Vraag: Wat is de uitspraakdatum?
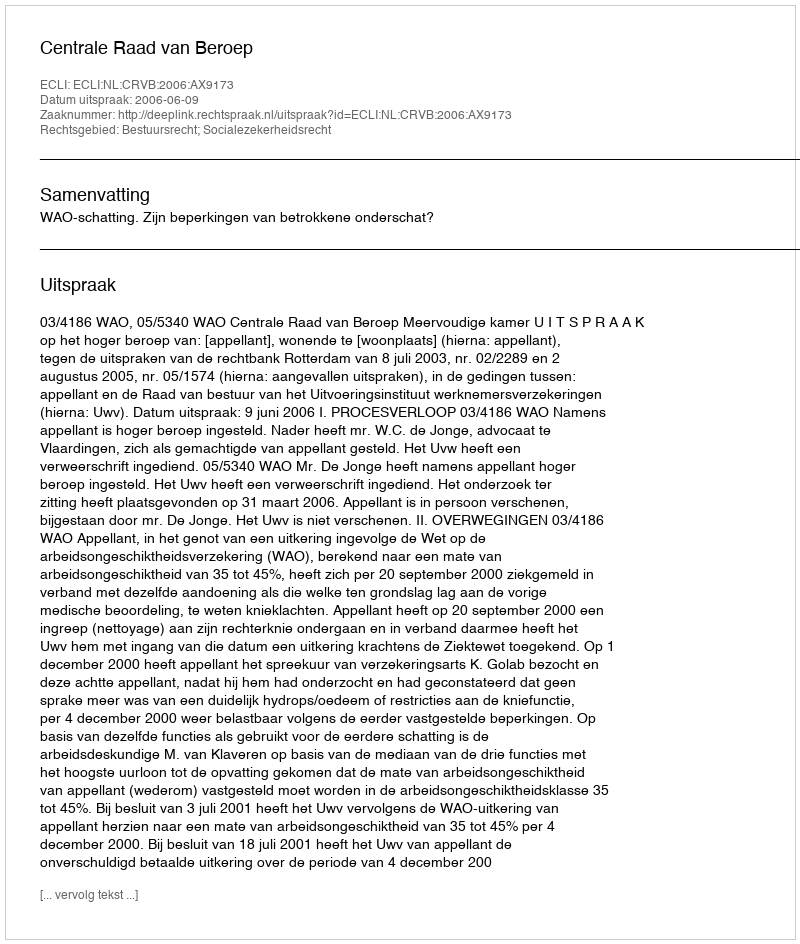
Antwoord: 2006-06-09